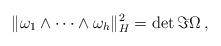
LaTeX: \begin{align*} \| \omega_1 \wedge \cdots \wedge \omega_h \|_{H}^2 = \det \Im \Omega \, , \end{align*}